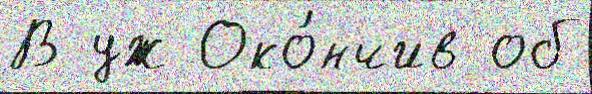
В уж Око́нчив об